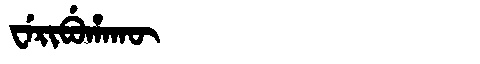
Manchu: ᠸᡝᡵᡳᠪᡠᡥᠠᡴᡡ
Romanization: WERIBUHAKŪ